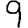
Digit: 9